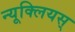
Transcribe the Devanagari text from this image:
न्यूक्लियस्